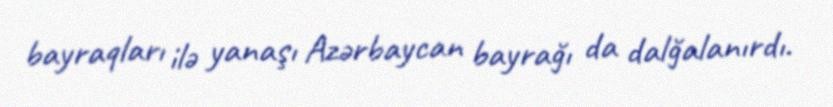
bayraqları ilə yanaşı Azərbaycan bayrağı da dalğalanırdı.